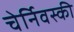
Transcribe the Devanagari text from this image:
चेर्निवस्की